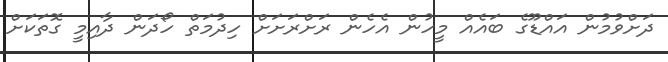
ދަށްވުމުން އައްޑޫގެ ބައެއް މީހުން އެހެން ރަށްރަށަށް ހިދުމަތް ހޯދަން ދާއިމީ ގޮތަކަށް